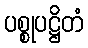
ပစ္စုပဋ္ဌိတံ